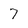
Character: 7